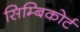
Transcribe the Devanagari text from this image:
सिम्बिकोर्ट